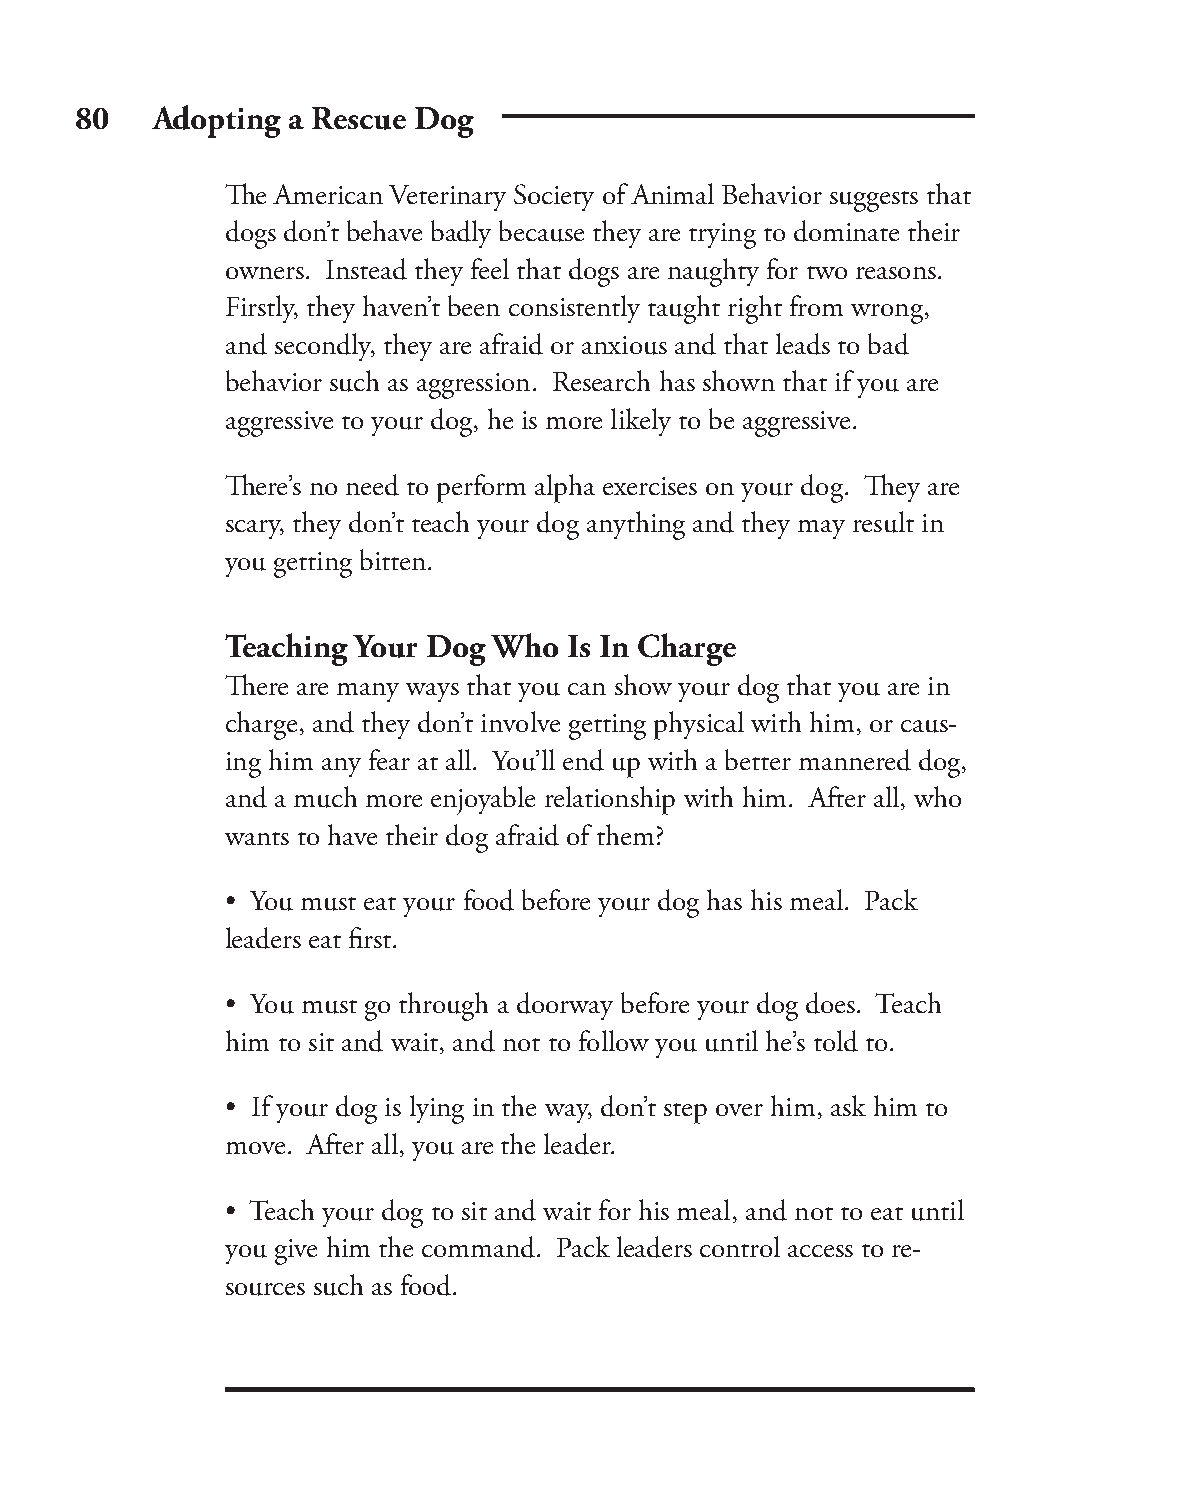
80   Adopting a Rescue Dog
 Th e American Veterinary Society of Animal Behavior suggests that
 dogs don’t behave badly because they are trying to dominate their
 owners. Instead they feel that dogs are naughty for two reasons.
 Firstly, they haven’t been consistently taught right from wrong,
 and secondly, they are afraid or anxious and that leads to bad
 behavior such as aggression. Research has shown that if you are
 aggressive to your dog, he is more likely to be aggressive.
 Th ere’s no need to perform alpha exercises on your dog. Th ey are
 scary, they don’t teach your dog anything and they may result in
 you getting bitten.
 Teaching Your Dog Who  Is In Charge
 Th ere are many ways that you can show your dog that you are in
 charge, and they don’t involve getting physical with him, or caus-
 ing him any fear at all. You’ll end up with a better mannered dog,
 and a much more enjoyable relationship with him. After all, who
 wants to have their dog afraid of them?
 • You must eat your food before your dog has his meal. Pack
 leaders eat fi rst.
 • You must go through a doorway before your dog does. Teach
 him to sit and wait, and not to follow you until he’s told to.
 • If your dog is lying in the way, don’t step over him, ask him to
 move. After all, you are the leader.
 • Teach your dog to sit and wait for his meal, and not to eat until
 you give him the command. Pack leaders control access to re-
 sources such as food.